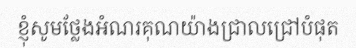
ខ្ញុំសូមថ្លែងអំណរគុណយ៉ាងជ្រាលជ្រៅបំផុត